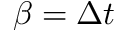
\beta = \Delta t